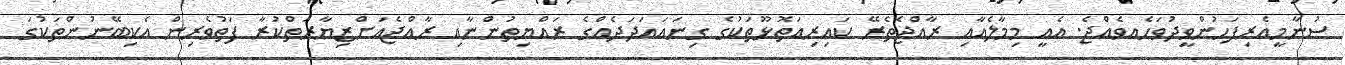
ސުނާމީއެރިފަހުންވީދުވަހެއވެއްޖެ. އެއީ މިމާލެއާއި ރާއްޖެތެރޭ ކައިރިއަތޮޅޫތަކުގެ ގިނައައަދަދެއްގެ ރައްޔިތުންނާއި ރާއްޖެއަށްޒިޔާރަތްކުރާ ފަތުވެެރިން އެކިބޭނުންތަކުގަ